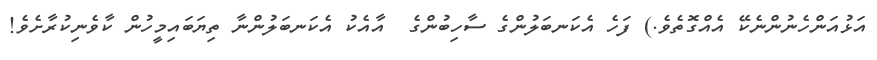
އަޅުއަންހެނުންނެކޭ އެއްގޮތެވެ.) ފަހެ އެކަނބަލުންގެ ސާހިބުންގެ  އާއެކު އެކަނބަލުންނާ ތިޔަބައިމީހުން ކާވެނިކުރާށެވެ!